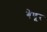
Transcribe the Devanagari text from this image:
बेणूर